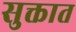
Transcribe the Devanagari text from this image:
सुक्तात